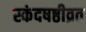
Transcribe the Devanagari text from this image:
स्कंदषष्ठीव्रत